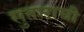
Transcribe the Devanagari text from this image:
सुताराची